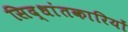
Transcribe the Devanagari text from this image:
सिद्धांतकारियों